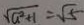
\sqrt { a ^ { 2 } + 1 } = \sqrt { 5 }